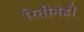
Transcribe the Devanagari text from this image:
रितीनेही